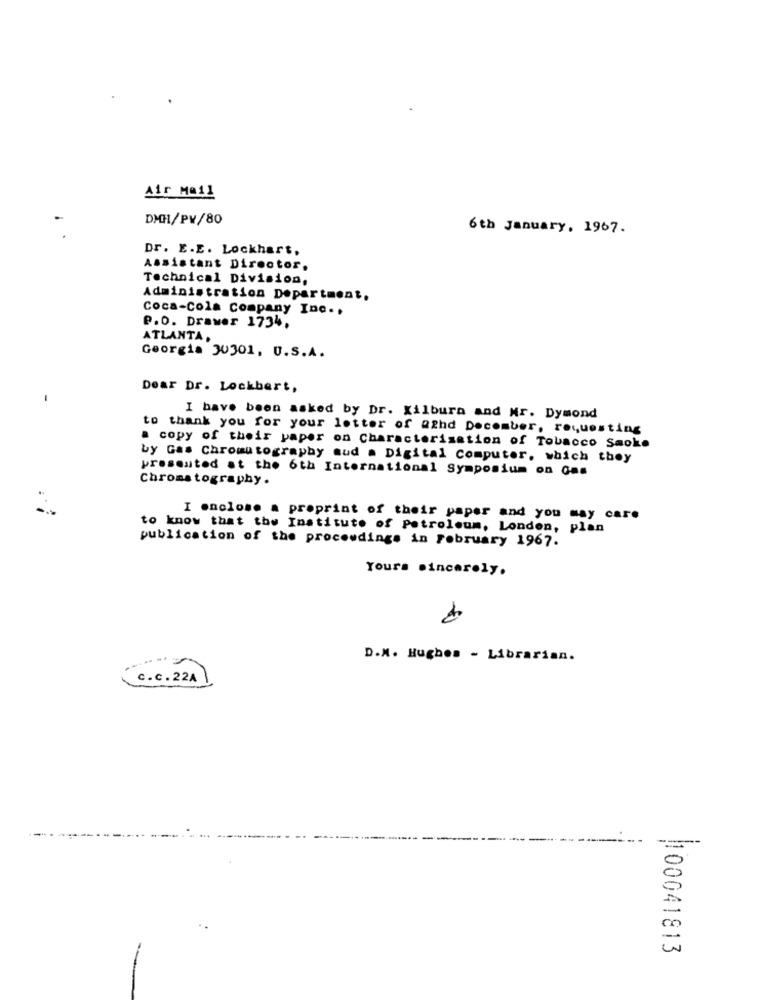
Air Mail
DMH/PV/80
6th January, 1967.
Dr. E.E. Lockhart,
Assistant Director.
Technical Division.
Administration Department,
Coca-Cola Company Inc ..
P.O. Drawer 1734,
ATLANTA
Georgia 30301, U.S.A.
Dear Dr. Lockbert,
I have been asked by Dr. Xilbura and Mr. Dymond
to thank you for your letter of aghd December, requesting
a copy of their paper on Characterisation of Tobacco Smoke
by Gas Chromatography mud . Digital Computer, which they
presented at the 6th International Symposium on Gas
Chromatography.
I enclose a preprint of their paper and you may care
to know that the Institute of Petroleum, London, plan
publication of the proceedings in February 1967.
Yours sincerely.
D.M. Hughes - Librarian.
C.C. 22A
100041813